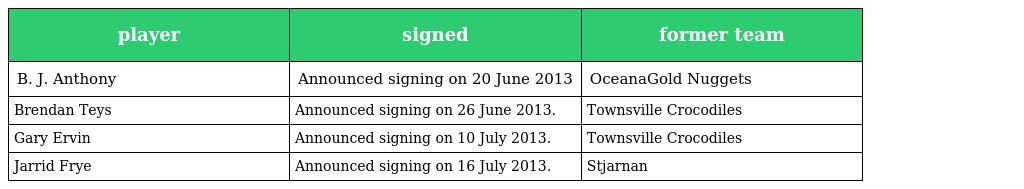
| player | signed | former team |
 | --- | --- | --- |
 | B. J. Anthony | Announced signing on 20 June 2013 | OceanaGold Nuggets |
 | Brendan Teys | Announced signing on 26 June 2013. | Townsville Crocodiles |
 | Gary Ervin | Announced signing on 10 July 2013. | Townsville Crocodiles |
 | Jarrid Frye | Announced signing on 16 July 2013. | Stjarnan |